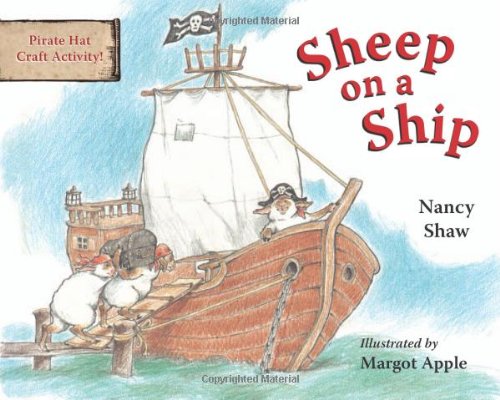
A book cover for Sheep on a Ship board book; Nancy E. Shaw; Children's Books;